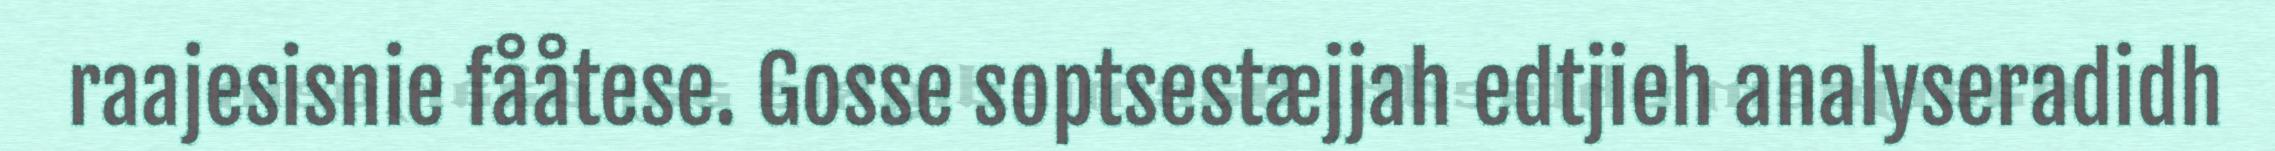
raajesisnie fååtese. Gosse soptsestæjjah edtjieh analyseradidh